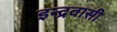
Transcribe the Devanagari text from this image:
इन्द्रवासी